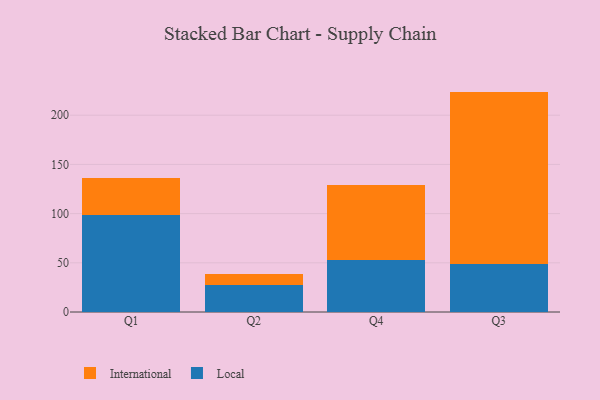
{"axis": {"x": "Quarter", "y": "Gross Profit (USD K)"}, "legend": ["International", "Local"], "data": [{"x": "Q1", "y": 99.0, "type": "Local"}, {"x": "Q1", "y": 36.9, "type": "International"}, {"x": "Q2", "y": 27.7, "type": "Local"}, {"x": "Q2", "y": 10.7, "type": "International"}, {"x": "Q4", "y": 52.4, "type": "Local"}, {"x": "Q4", "y": 77.1, "type": "International"}, {"x": "Q3", "y": 49.0, "type": "Local"}, {"x": "Q3", "y": 175.0, "type": "International"}]}